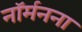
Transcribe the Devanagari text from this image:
नॉर्मनना